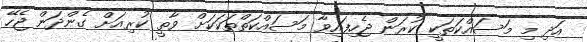
އަދި މި މަސައްކަތަކީ ކުރަން ޖެހިފައިވާ މަސައްކަތްތަކަކަށް ވާތީ ކުރިއަށް ގެންދަން ޖެހޭ